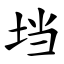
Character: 垱